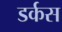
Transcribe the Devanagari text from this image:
डर्कस